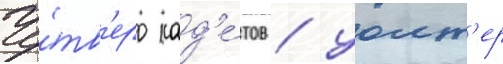
Че́тв'еро кад'е́тов / уолт'ер